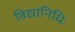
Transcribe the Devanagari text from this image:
विद्यानिधिः